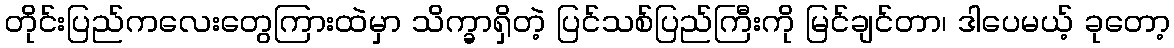
တိုင်းပြည်ကလေးတွေကြားထဲမှာ သိက္ခာရှိတဲ့ ပြင်သစ်ပြည်ကြီးကို မြင်ချင်တာ၊ ဒါပေမယ့် ခုတော့